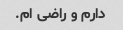
دارم و راضی ام.